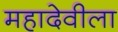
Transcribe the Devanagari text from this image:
महादेवीला